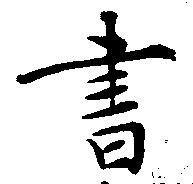
書